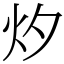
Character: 㶤